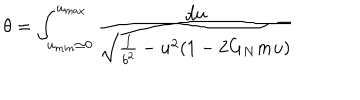
LaTeX: \theta = \int _ { u _ { m i n } \simeq 0 } ^ { u _ { m a x } } { \frac { d u } { \sqrt { { \frac { 1 } { b ^ { 2 } } } - u ^ { 2 } ( 1 - 2 G _ { N } m u ) } } }